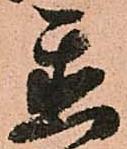
置